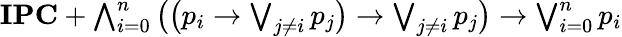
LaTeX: \textstyle\mathbf{IPC}+\bigwedge_{i=0}^{n}{\bigl(}{\bigl(}p_{i}\to\bigvee_{j\neq i}p_{j}{\bigr)}\to\bigvee_{j\neq i}p_{j}{\bigr)}\to\bigvee_{i=0}^{n}p_{i}